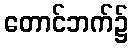
တောင်ဘက်၌